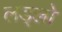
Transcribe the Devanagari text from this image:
लड्लो